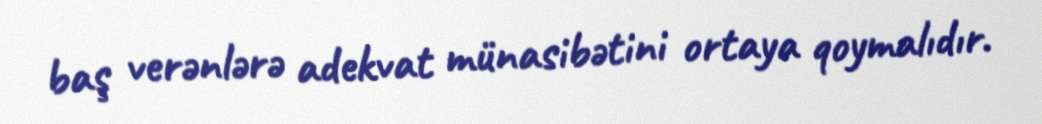
baş verənlərə adekvat münasibətini ortaya qoymalıdır.